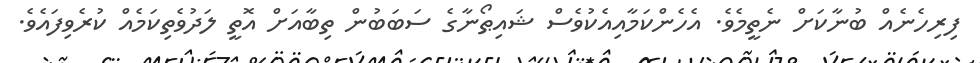
ފިރިހެނެއް ބުނާކަށް ނެތީމެވެ. އެހެންކަމާއިއެކުވެސް ޝައިޠޯނާގެ ސަބަބުން ތިބާއަށް އޮތީ ލަދުވެތިކަމެއް ކުރެވިފައެވެ.